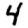
Digit: 4